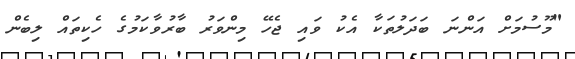
"މޫސުމަށް އަންނަ ބަދަލުތަކާ އެކު ވައި ޖެހޭ މިންވަރު ބާރުވާކަމުގެ ހެކިތައް ލިބެން